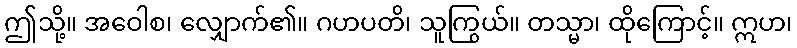
ဤသို့။ အဝေါစ၊ လျှောက်၏။ ဂဟပတိ၊ သူကြွယ်။ တသ္မာ၊ ထိုကြောင့်။ ဣဟ၊